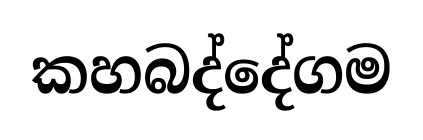
කහබද්දේගම